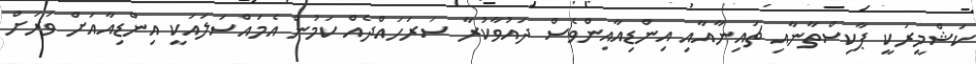
ކަޝްމީރަކީ ޕާކިސްތާނާއި ޗައިނާއާއި އިންޑިއާއިންވެސް ދައުވާކުރާ ސަރަހައްދެއް ކަމުން އެމައްސަލައަކީ އިންޑިއާއަށް ވަރަށް